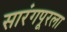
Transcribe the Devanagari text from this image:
सारंगपूरला